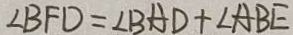
\angle B F D = \angle B A D + \angle A B E